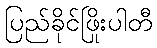
ပြည်ခိုင်ဖြိုးပါတီ